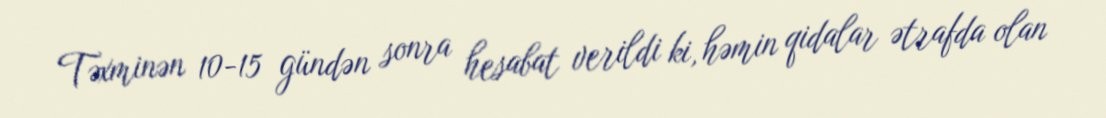
Təxminən 10-15 gündən sonra hesabat verildi ki, həmin qidalar ətrafda olan